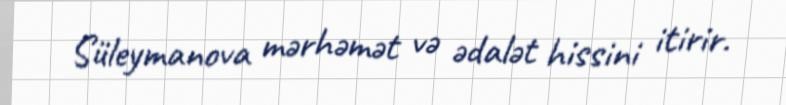
Süleymanova mərhəmət və ədalət hissini itirir.